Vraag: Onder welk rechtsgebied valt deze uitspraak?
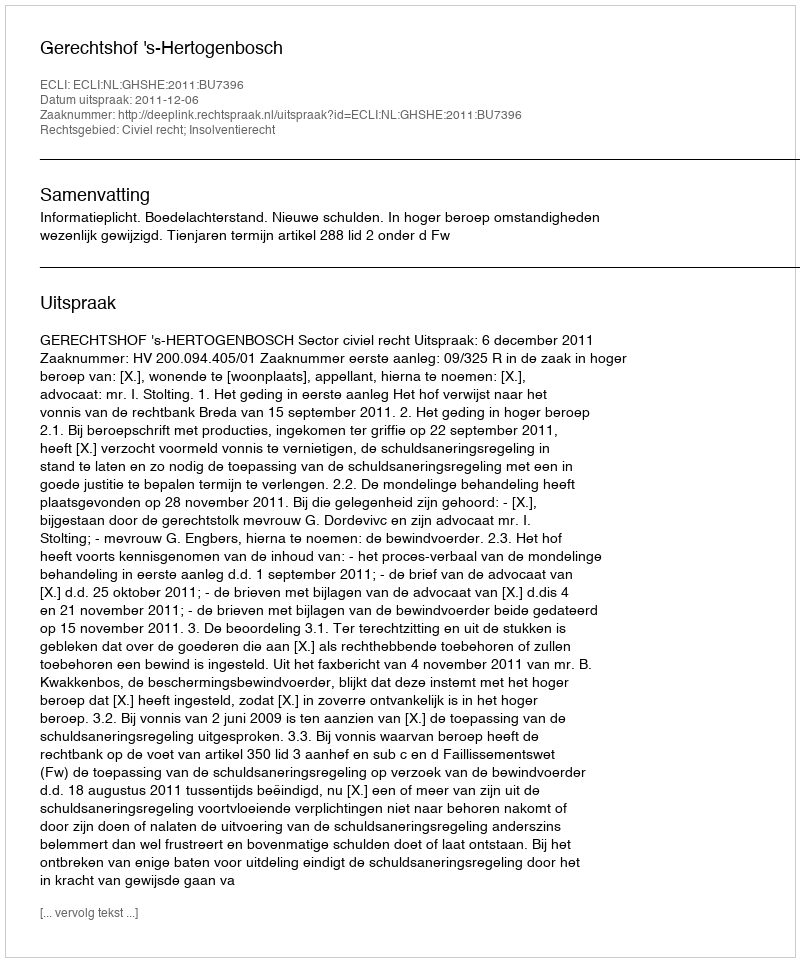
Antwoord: Civiel recht; Insolventierecht